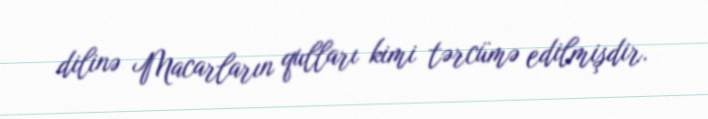
dilinə Macarların qulları kimi tərcümə edilmişdir.